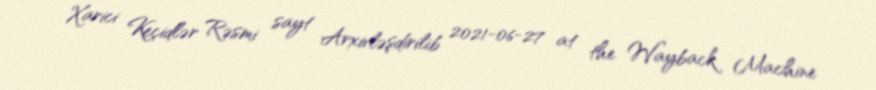
Xarici Keçidlər Rəsmi sayt Arxivləşdirilib 2021-06-27 at the Wayback Machine